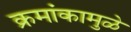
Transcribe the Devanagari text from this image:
क्रमांकामुळे